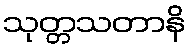
သုတ္တသတာနိ